Source: Computer-generated
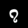
Digit: ၇ (7)